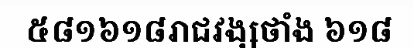
៥៨១៦១៨រាជវង្សថាំង ៦១៨